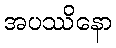
အပဿိနော